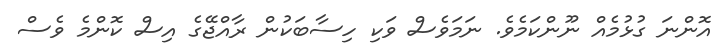
އޮންނަ ގުޅުމެއް ނޫންކަމެވެ. ނަމަވެސް ވަކި ހިސާބަކުން ރާއްޖޭގެ އިސް ކޮންމެ ވެސް